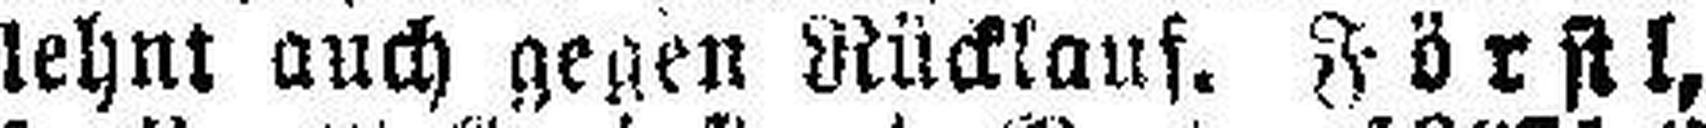
lehnt auch gegen Rücklauf. Förstl,